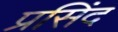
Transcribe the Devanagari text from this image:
प्रसिंद